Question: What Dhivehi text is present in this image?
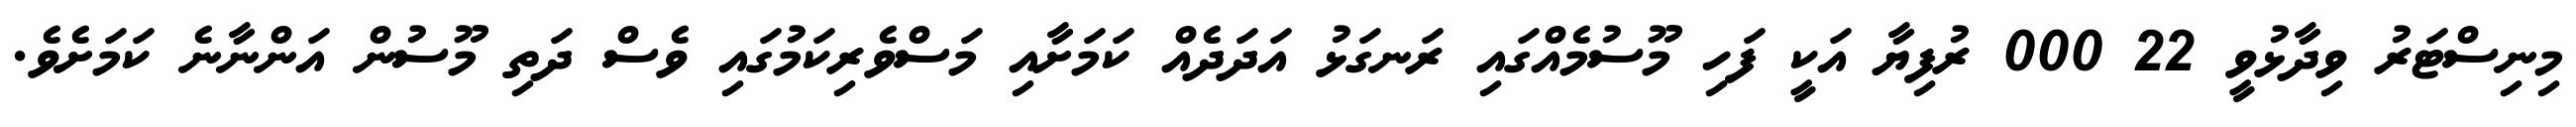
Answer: މިނިސްޓަރު ވިދާޅުވީ 22 000 ރުފިޔާ އަކީ ފަހި މޫސުމެއްގައި ރަނގަޅު އަދަދެއް ކަމަށާއި މަސްވެރިކަމުގައި ވެސް ދަތި މޫސުން އަންނާނެ ކަމަށެވެ.